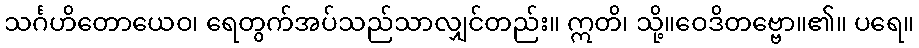
သင်္ဂဟိတောယေဝ၊ ရေတွက်အပ်သည်သာလျှင်တည်း။ ဣတိ၊ သို့။ဝေဒိတဗ္ဗော။၏။ ပရေ။